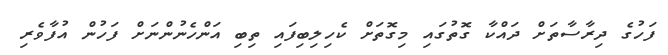
ފަހުގެ ދިރާސާތަށް ދައްކާ ގޮތުގައި މިގޮތަށް ކެހިލިބިފައި ތިބި އަންހެނުންނަށް ފަހުން އުފާވެރި